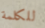
للكلمة